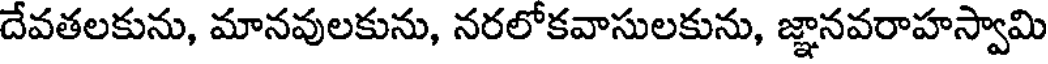
దేవతలకును, మానవులకును, నరలోకవాసులకును, జ్ఞానవరాహస్వామి